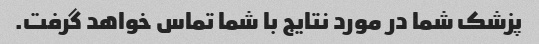
پزشک شما در مورد نتایج با شما تماس خواهد گرفت.